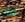
مام